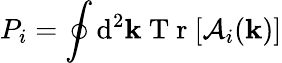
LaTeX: P_{i}=\oint\mathrm{d}^{2}{\mathbf k}\mathrm{~T~r~}[\mathcal{A}_{i}({\mathbf k})]